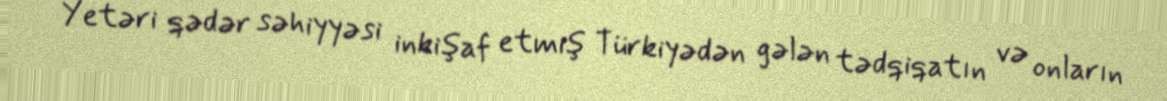
Yetəri qədər səhiyyəsi inkişaf etmiş Türkiyədən gələn tədqiqatın və onların